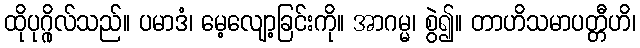
ထိုပုဂ္ဂိုလ်သည်။ ပမာဒံ၊ မေ့လျော့ခြင်းကို။ အာဂမ္မ၊ စွဲ၍။ တာဟိသမာပတ္တီဟိ၊